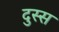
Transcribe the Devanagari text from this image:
दुस्स